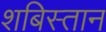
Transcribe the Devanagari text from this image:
शबिस्तान